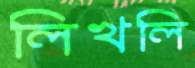
লিখলি